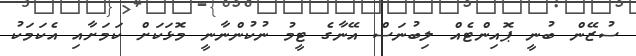
ސުޒޭން ބުނީ ޕޮއިންޓެއް ލިބުނަސް އޭނާގެ ޓީމު ނުކުންނާނީ މޮޅަކަށް ކަމަށާއި އެކަމަކު